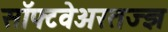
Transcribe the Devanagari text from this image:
सॉफ्टवेअरतज्ज्ञ